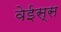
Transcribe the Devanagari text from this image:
वेईस्स